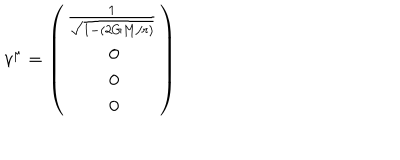
v ^ { \mu } = \left( \begin{matrix} { { \frac { 1 } { \sqrt { 1 - ( 2 G M / r ) } } } } \\ { { { } ~ 0 } } \\ { { { } ~ 0 } } \\ { { { } ~ 0 } } \\ \end{matrix} \right)